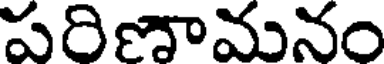
పరిణామనం